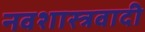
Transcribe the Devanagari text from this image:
नवशास्त्रवादी